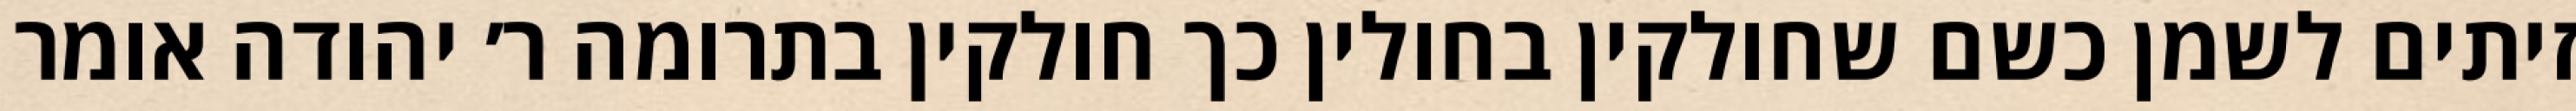
זיתים לשמן כשם שחולקין בחולין כך חולקין בתרומה ר׳ יהודה אומר